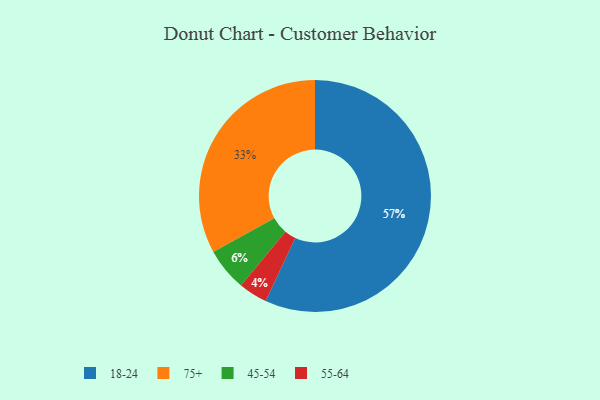
{"axis": {"x": "Category", "y": "Percentage"}, "legend": ["18-24", "45-54", "55-64", "75+"], "data": [{"x": "75+", "y": 33, "type": "75+"}, {"x": "45-54", "y": 6, "type": "45-54"}, {"x": "18-24", "y": 57, "type": "18-24"}, {"x": "55-64", "y": 4, "type": "55-64"}]}